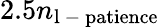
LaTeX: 2.5n_{\mathrm{l\mathrm{~-~}patience}}